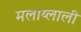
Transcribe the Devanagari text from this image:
मलाय्लाली